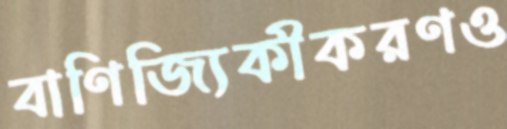
বাণিজ্যিকীকরণও